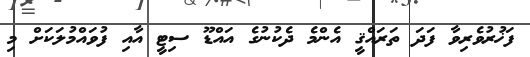
ފަޚުރުވެރިވާ ފަދަ ތަރައްޤީ އެންމެ ދެކުނުގެ އައްޑޫ ސިޓީ އާއި ފުވައްމުލަކަށް މި